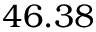
4 6 . 3 8